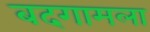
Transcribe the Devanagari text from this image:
बदगामला